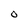
Character: 0